Calcutta medical institutions reports 1879-81 [i.e.91]
Year: 1879
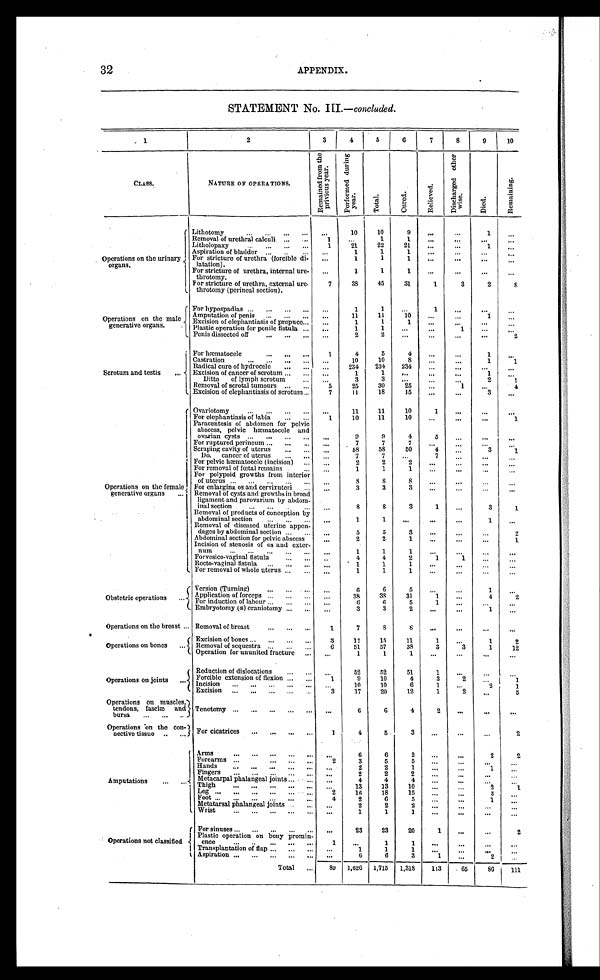
32
APPENDIX.
STATEMENT No. III.—
concluded.
1
2
3
4
5
6
7
8
9
10
CLASS.
NATURE OF OPERATIONS.
R e m a i n e d f r o m t h e p r i v i o u s y e a r .
P e r f o r m e d d u r i n g y e a r .
T o t a l .
C u r e d .
R e l i e v e d .
D i s c h a r g e d o t h e r w i s e .
D i e d .
R e m a i n i n g .
Operations on the urinary
organs.
Lithotomy . . .
. . .
10
10
9
. . .
. . .
1
. . .
Removal of urethral calculi . . .
1
. . .
1
1
. . .
. . .
. . .
. . .
Litholopaxy . . .
1
21
22
21
. . .
. . .
1
. . .
Aspiration of bladder . . .
. . .
1
1
1
. . .
. . .
. . .
. . .
For stricture of urethra (forcible di
-latation).
. . .
1
1
1
. . .
. . .
. . .
. . .
For stricture of urethra, internal ure
-throtomy.
. . .
1
1
1
. . .
. . .
. . .
. . .
7
38
45
31
1
3
2
8
For stricture of urethra, external ure
-throtomy (perineal section).
Operations on the male
generative organs.
For hypospadias . . .
. . .
1
1
. . .
1
. . .
. . .
. . .
Amputation of penis . . .
. . .
11
11
10
. . .
. . .
1
. . .
Excision of elephantiasis of prepuce . . .
. . .
1
1
1
. . .
. . .
. . .
. . .
Plastic operation for penile fistula . . .
. . .
1
1
. . .
. . .
1
. . .
. . .
Penis dissected off . . .
. . .
2
2
. . .
. . .
. . .
. . .
2
Scrotum and testis . . .
For hæmatoccle . . .
1
4
5
4
. . .
. . .
1
. . .
Castration . . .
. . .
10
10
8
. . .
. . .
1
1
Radical cure of hydrocele . . .
. . .
234
234
234
. . .
. . .
. . .
. . .
Excision of cancer of scrotum . . .
. . .
1
1
. . .
. . .
. . .
1
. . .
Ditto of lymph scrotum . . .
. . .
3
3
. . .
. . . . . .
2
1
Removal of scrotal tumours . . .
5
25
30
25
. . .
1
. . .
4
Excision of elephantiasis of scrotum . . .
7
11
18
15
. . .
. . .
3
. . .
Operations on the female
generative organs . . .
Ovariotomy . . .
. . .
11
11
10
1
. . .
. . .
. . .
For elephantiasis of labia . . .
1
10
11
10
. . .
. . .
. . .
1
Paracentesis of abdomen for pelvic
abscess, pelvic hæmatocele and
ovarian cysts . . .
. . .
9
9
4
5
. . .
. . .
. . .
For ruptured perineum . . .
. . .
7
7
7
. . .
. . .
. . .
. . .
Scraping cavity of uterus . . .
. . .
58
58
50
4
. . .
3
1
Do. cancer of uterus . . .
. . .
7
7
. . .
7
. . .
. . .
. . .
For pelvic hæmatocele (incision) . . .
. . .
2
2
2
. . .
. . .
. . .
. . .
For removal of fœtal remains . . .
. . .
1
1
1
. . .
. . .
. . .
. . .
For polypoid growths from interior
of uterus . . .
. . .
8
8
8
. . .
. . .
. . .
. . .
For enlarging os and cervixuteri . . .
. . .
3
3
3
. . .
. . .
. . .
. . .
Removal of cysts and growths in broad
ligament and parovarium by abdom
-inal section . . .
. . .
8
8
3
1
. . .
3
1
Removal of products of conception by
abdominal section . . .
. . .
1
1
. . .
. . .
. . .
1
. . .
Removal of diseased uterine appen
-dages by abdominal section . . .
. . .
5
5
3
. . .
. . .
. . .
2
Abdominal section for pelvic abscess . . .
. . .
2
2
1
. . .
. . .
. . .
1
Incision of stenosis of os and exter
-num . . .
. . .
1
1
1
. . .
. . .
. . .
. . .
Forvesico-vaginal fistula . . .
. . .
4
4
2
1
1
. . .
. . .
R e c t o - v a g i n a l f i s t u l a . . .
. . .
1
1
1
. . .
. . .
. . .
. . .
For removal of whole uterus . . .
. . .
1
1
1
. . .
. . .
. . .
. . .
Obstetric operations . . .
Version (Turning) . . .
. . .
6
6
5
. . .
. . .
1
. . .
Application of forceps . . .
. . .
38
38
31
1
. . .
4
2
For induction of labour . . .
. . .
6
6
5
1
. . .
. . .
. . .
Embryotomy (a) craniotomy . . .
. . .
3
3
2
. . .
. . .
1
. . .
Operations on the breast . . . Removal of breast . . .
1
7
8
8
. . .
. . .
. . .
. . .
Operations on bones . . .
Excision of bones . . .
3
12
15
11
1
. . .
1
2
Removal of sequestra . . .
6
51
57
38
3
3
1
12
Operation for ununited fracture . . .
. . .
1
1
1
. . .
. . .
. . .
. . .
Operations on joints . . .
Reduction of dislocations . . .
. . .
52
52
51
1
. . .
. . .
. . .
Forcible extension of flexion . . .
1
9
10
4
3
2
. . .
1
Incision . . .
. . .
10
10
6
1
. . .
2
1
Excision . . .
3
17
20
12
1
2
. . .
5
Operations on muscles
, tendons, fasciæ and
bursa . . .
Tenotomy
. . .
. . .
6
6
4
2
. . .
. . .
. . .
Operations on the con
-nective tissue . . .
For cicatrices . . .
1
4
5
3
. . .
. . .
. . .
2
Amputations . . .
Arms . . .
. . .
6
6
2
. . .
. . .
2
2
Forearms . . .
2
3
5
5
. . . . . .
. . .
. . .
Hands . . .
. . .
2
2
1
. . .
. . .
1
. . .
Fingers . . .
. . .
2
2
2
. . .
. . .
. . .
. . .
Metacarpal phalangeal joints . . .
. . .
4
4
4
. . .
. . .
. . .
. . .
T h i g h . . .
. . .
13
13
10
. . . . . .
2
1
Leg . . .
2
16
18
15
. . .
. . .
3
. . .
Foot . . .
4
2
6
5
. . .
. . .
1
. . .
Metatarsal phalangeal joints . . .
. . .
2
2
2
. . .
. . .
. . .
. . .
Wrist . . .
. . .
1
1
1
. . .
. . .
. . .
. . .
Operations not classified . . .
For sinuses . . .
. . .
23
23
20
1
. . .
. . .
2
Plastic operation on bony promin
-ence . . .
1
. . .
1
1
. . .
. . .
. . .
. . .
Transplantation of flap . . .
. . .
1
1
1
. . . . . .
. . .
. . .
Aspiration . . .
. . .
6
6
3
1
. . .
2
. . .
Total . . .
89
1,626
1,715
1,318
113
65
86
1 1 1